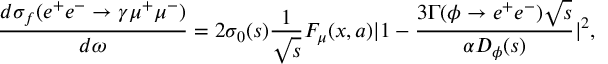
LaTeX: \frac { d \sigma _ { f } ( e ^ { + } e ^ { - } \to \gamma \mu ^ { + } \mu ^ { - } ) } { d \omega } = 2 \sigma _ { 0 } ( s ) \frac { 1 } { \sqrt { s } } F _ { \mu } ( x , a ) | 1 - \frac { 3 \Gamma ( \phi \to e ^ { + } e ^ { - } ) \sqrt { s } } { \alpha D _ { \phi } ( s ) } | ^ { 2 } ,